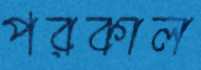
পরকাল